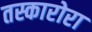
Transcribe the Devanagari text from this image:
तस्कारोरा